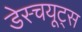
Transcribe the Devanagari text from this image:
डेस्चयूट्स